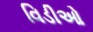
વિડીઓ